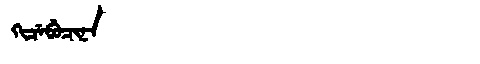
Manchu: ᡴᡳᠴᡝᠪᡠᠴᡳᠨᠠ
Romanization: KICEBUCINA